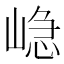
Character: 𭖷